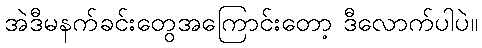
အဲဒီမနက်ခင်းတွေအကြောင်းတော့ ဒီလောက်ပါပဲ။